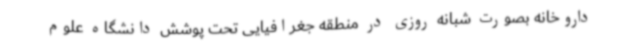
داروخانه بصورت شبانه روزی در منطقه جغرافیایی تحت پوشش دانشگاه علوم